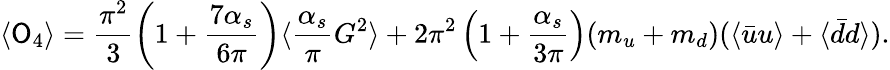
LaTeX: \langle{\cal\mathsf{O}}_{4}\rangle=\frac{{\pi^{2}}}{3}\left(1+\frac{{7\alpha_{s}}}{{6\pi}}\right)\langle\frac{{\alpha_{s}}}{\pi}G^{2}\rangle+2\pi^{2}\left(1+\frac{{\alpha_{s}}}{{3\pi}}\right)(m_{u}+m_{d})(\langle\bar{{u}}u\rangle+\langle\bar{{d}}d\rangle).